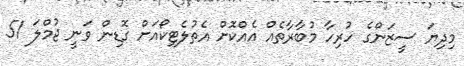
މިދިޔަ ސީޒަންގެ ހުރިހާ މުބާރާތެއް އެއްކޮށް އެތުލެޓިކޯއަށް ގޮޑިން ވަނީ ޖުމްލަ 51